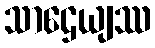
သာဌေယျဿ